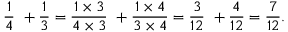
{ \frac { 1 } { 4 } } \ + { \frac { 1 } { 3 } } = { \frac { 1 \times 3 } { 4 \times 3 } } \ + { \frac { 1 \times 4 } { 3 \times 4 } } = { \frac { 3 } { 1 2 } } \ + { \frac { 4 } { 1 2 } } = { \frac { 7 } { 1 2 } } .